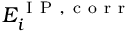
E _ { i } ^ { \mathrm { ~ I ~ P ~ , ~ c ~ o ~ r ~ r ~ } }